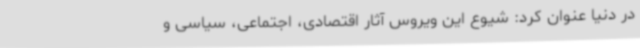
در دنیا عنوان کرد: شیوع این ویروس آثار اقتصادی، اجتماعی، سیاسی و